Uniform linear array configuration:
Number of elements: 48
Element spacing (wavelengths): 0.75
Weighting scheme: hann
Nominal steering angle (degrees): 30
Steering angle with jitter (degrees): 31.006
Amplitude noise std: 0.05
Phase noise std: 0.05

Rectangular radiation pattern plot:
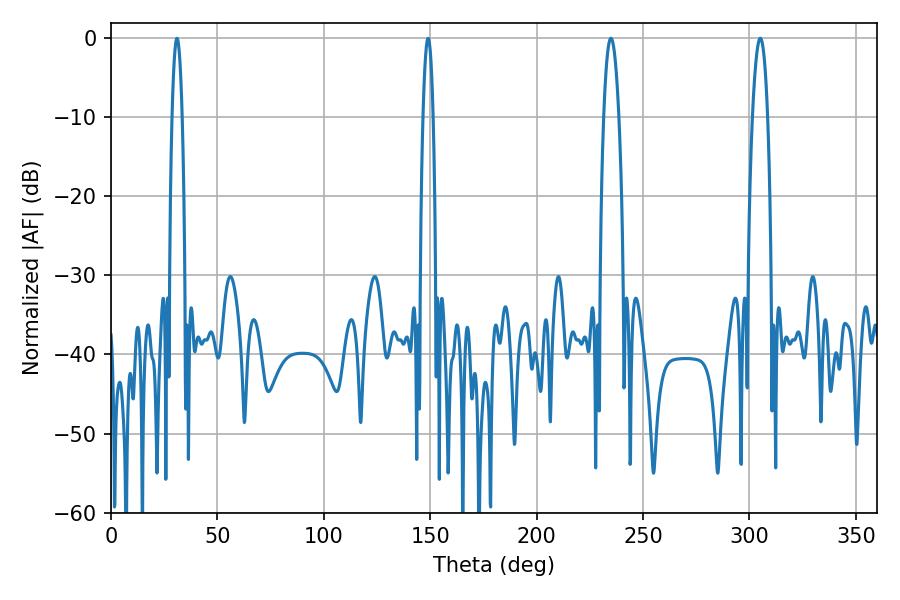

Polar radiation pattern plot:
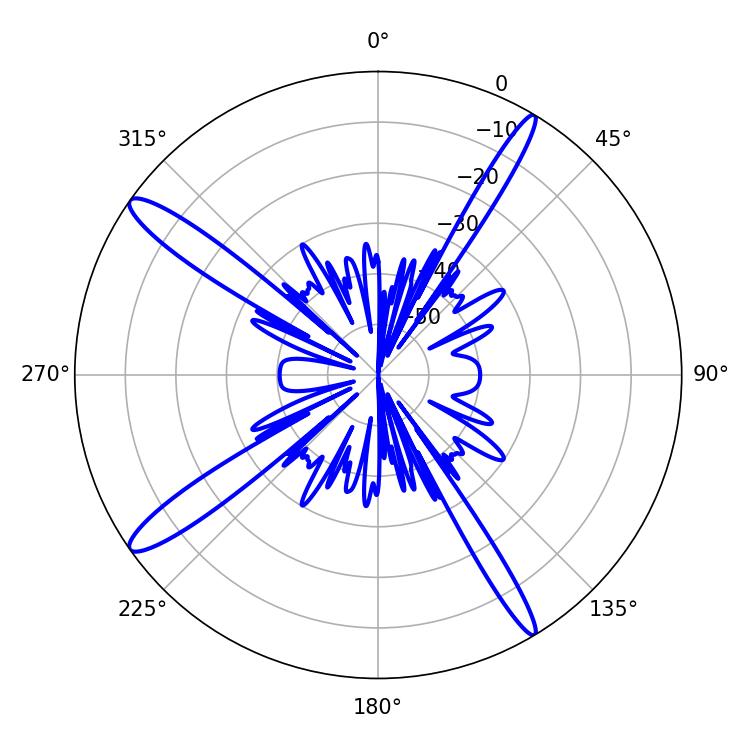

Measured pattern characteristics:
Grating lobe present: TRUE
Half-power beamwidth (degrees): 3.96
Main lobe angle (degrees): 234.9